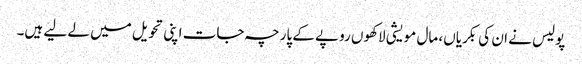
پولیس نے ان کی بکریاں، مال مویشی لاکھوں روپے کے پارچہ جات اپنی تحویل میں لے لیے ہیں۔